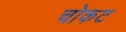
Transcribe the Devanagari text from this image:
चोकट